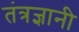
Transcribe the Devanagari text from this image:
तंत्रज्ञानी